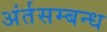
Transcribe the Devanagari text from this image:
अंर्तसम्बन्ध